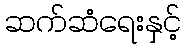
ဆက်ဆံရေးနှင့်